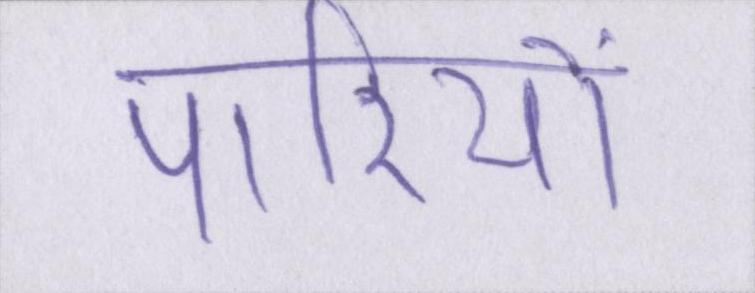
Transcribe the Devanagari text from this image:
पारियों